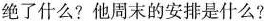
绝了什么？他周末的安排是什么？